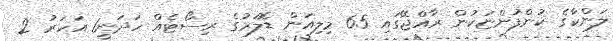
ލަންކާގެ ކުންފުންޏަކުން ރާއްޖޭގައި 65 މިލިއަން ޑޮލަރުގެ ރިސޯޓެއް ހަދަނީ1 އަހަރު 2